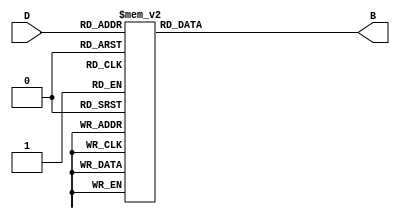
module DecimalToBinaryEncoder (
    input  wire [3:0] D,  // 4-bit decimal input
    output reg  [3:0] B   // 4-bit binary output
);

// Combinational logic to convert decimal input to binary output
always @* begin
    case (D)
        4'b0000: B = 4'b0000; // 0
        4'b0001: B = 4'b0001; // 1
        4'b0010: B = 4'b0010; // 2
        4'b0011: B = 4'b0011; // 3
        4'b0100: B = 4'b0100; // 4
        4'b0101: B = 4'b0101; // 5
        4'b0110: B = 4'b0110; // 6
        4'b0111: B = 4'b0111; // 7
        4'b1000: B = 4'b1000; // 8
        4'b1001: B = 4'b1001; // 9
        default: B = 4'bXXXX; // Invalid input handling
    endcase
end

endmodule